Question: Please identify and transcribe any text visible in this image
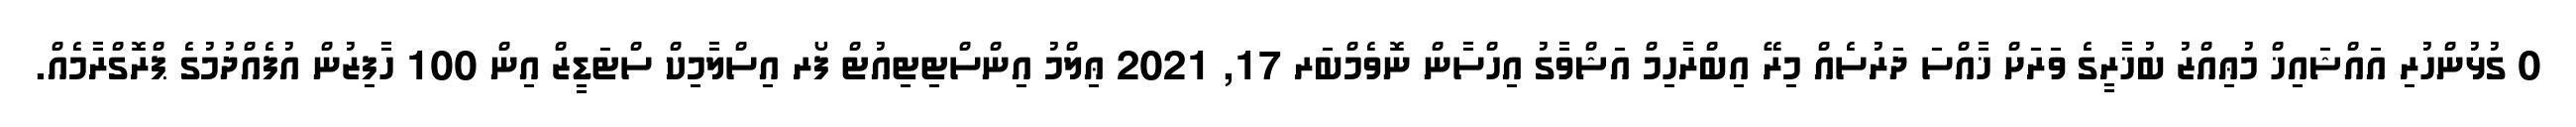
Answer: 0 ގުޅުންހުރި އައްޝައިޚް މުޢިއްޒު ބުޚާރީގެ ވަރަށް ޚާއްސަ ދަރުސެއް މިރޭ އިބްރާހިމް އަޝްވާގު އިހްސާން ނޮވެމްބަރ 17, 2021 ޢިލްމު އިންސްޓިޓިއުޓް ފޯރ އިސްލާމިކް ސްޓަޑީޒް އިން 100 ހާފިޒުން އުފެއްދުމުގެ ޕްރޮގްރާމެއް.